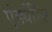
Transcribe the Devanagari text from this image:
एंड्योरेंस